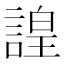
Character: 諻